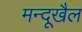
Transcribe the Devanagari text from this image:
मन्दूखैल